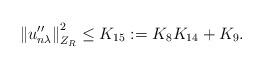
LaTeX: \begin{align*}{\Vert u_{n\lambda}^{\prime \prime}\Vert}^2_{Z_R} \le K_{15}:=K_8K_{14} + K_9.\end{align*}